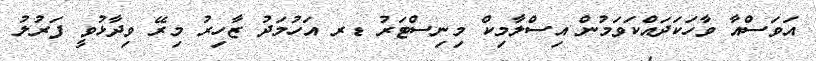
އަވަސްއާ ވާހަކަދައްކަވަމުން އިސްލާމިކް މިނިސްޓަރު ޑރ އަހުމަދު ޒާހިރު މިރޭ ވިދާޅުވީ ފަރުލު